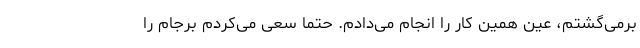
برمی‌گشتم، عین همین کار را انجام می‌دادم. حتما سعی می‌کردم برجام را